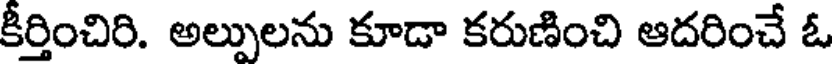
కీర్తించిరి. అల్పులను కూడా కరుణించి ఆదరించే ఓ